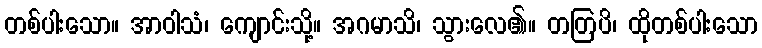
တစ်ပါးသော။ အာဝါသံ၊ ကျောင်းသို့။ အဂမာသိ၊ သွားလေ၏။ တတြပိ၊ ထိုတစ်ပါးသော